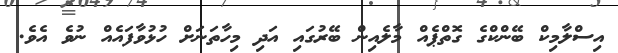
އިސްލާމިކް ބޭންކްގެ ގޮތްޕެއް މާލެއިން ބޭރުގައި އަދި މިހާތަނަށް ހުޅުވާފައެއް ނުވެ އެވެ.